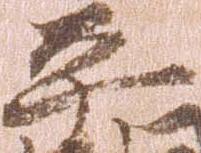
平